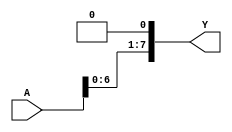
`timescale 1ns / 1ps

module NbitShiftLeft #(parameter N = 8)
(input [N-1:0] A,
output [N-1:0] Y);

assign Y = {A[N-2:0], 1'b0};

endmodule